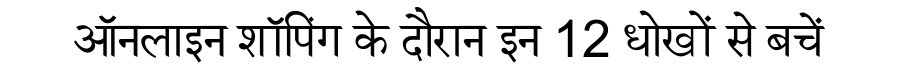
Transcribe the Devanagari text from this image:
ऑनलाइन शॉपिंग के दौरान इन 12 धोखों से बचें